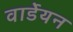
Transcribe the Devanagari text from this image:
वार्डेयन